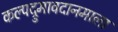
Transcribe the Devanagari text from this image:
कल्पद्रुमावदानमाला